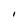
Character: I